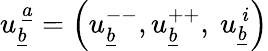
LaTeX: u_{\underline{{b}}}^{~\underline{{a}}}=\left(u_{\underline{{b}}}^{--},u_{\underline{{b}}}^{++},~u_{\underline{{b}}}^{~i}\right)